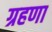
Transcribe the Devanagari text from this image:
ग्रहणा